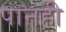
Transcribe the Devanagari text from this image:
पानही